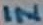
Text: IN